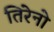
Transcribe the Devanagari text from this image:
तिरेनो